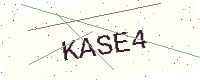
Text: KASE4